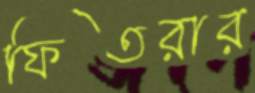
ফিতরার